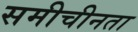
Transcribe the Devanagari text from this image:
समीचीनता